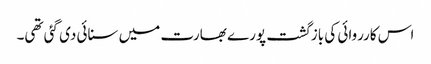
اس کارروائی کی بازگشت پورے بھارت میں سنائی دی گئی تھی۔